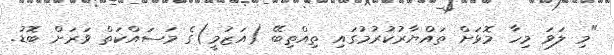
"މި ލަވަ މިހާ މޮޅަށް ތައްޔާރުކުރުމުގައި ތިއްތިބޭ (އަޒުމީ)ގެ މަސައްކަތް ވަރަށް ބޮޑު.